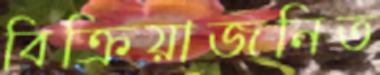
বিক্রিয়াজনিত